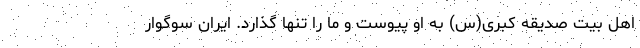
اهل بیت صدیقه کبری(س) به او پیوست و ما را تنها گذارد. ایران سوگوار